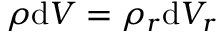
\rho \mathrm { d } V = \rho _ { r } \mathrm { d } V _ { r }